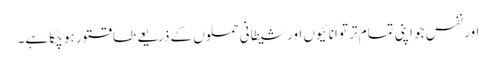
اور نفس جو اپنی تمام تر توانائیوں اور شیطانی حملوں کے ذریعے طاقتور ہو چکا ہے۔